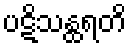
ပဋိသန္ထရတိ